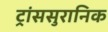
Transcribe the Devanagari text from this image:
ट्रांससुरानिक